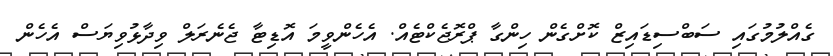
ގެއްލުމުގައި ސަބްސިޑައިޒް ކޮށްގެން ހިންގާ ޕްރޮޖެކްޓެއް. އެހެންވީމަ އޮޑިޓާ ޖެނެރަލް ވިދާޅުވިޔަސް އެހެން